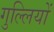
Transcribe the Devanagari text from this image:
गुल्लियों